Jaan_Tonisson_(Lasteleht), lk 119
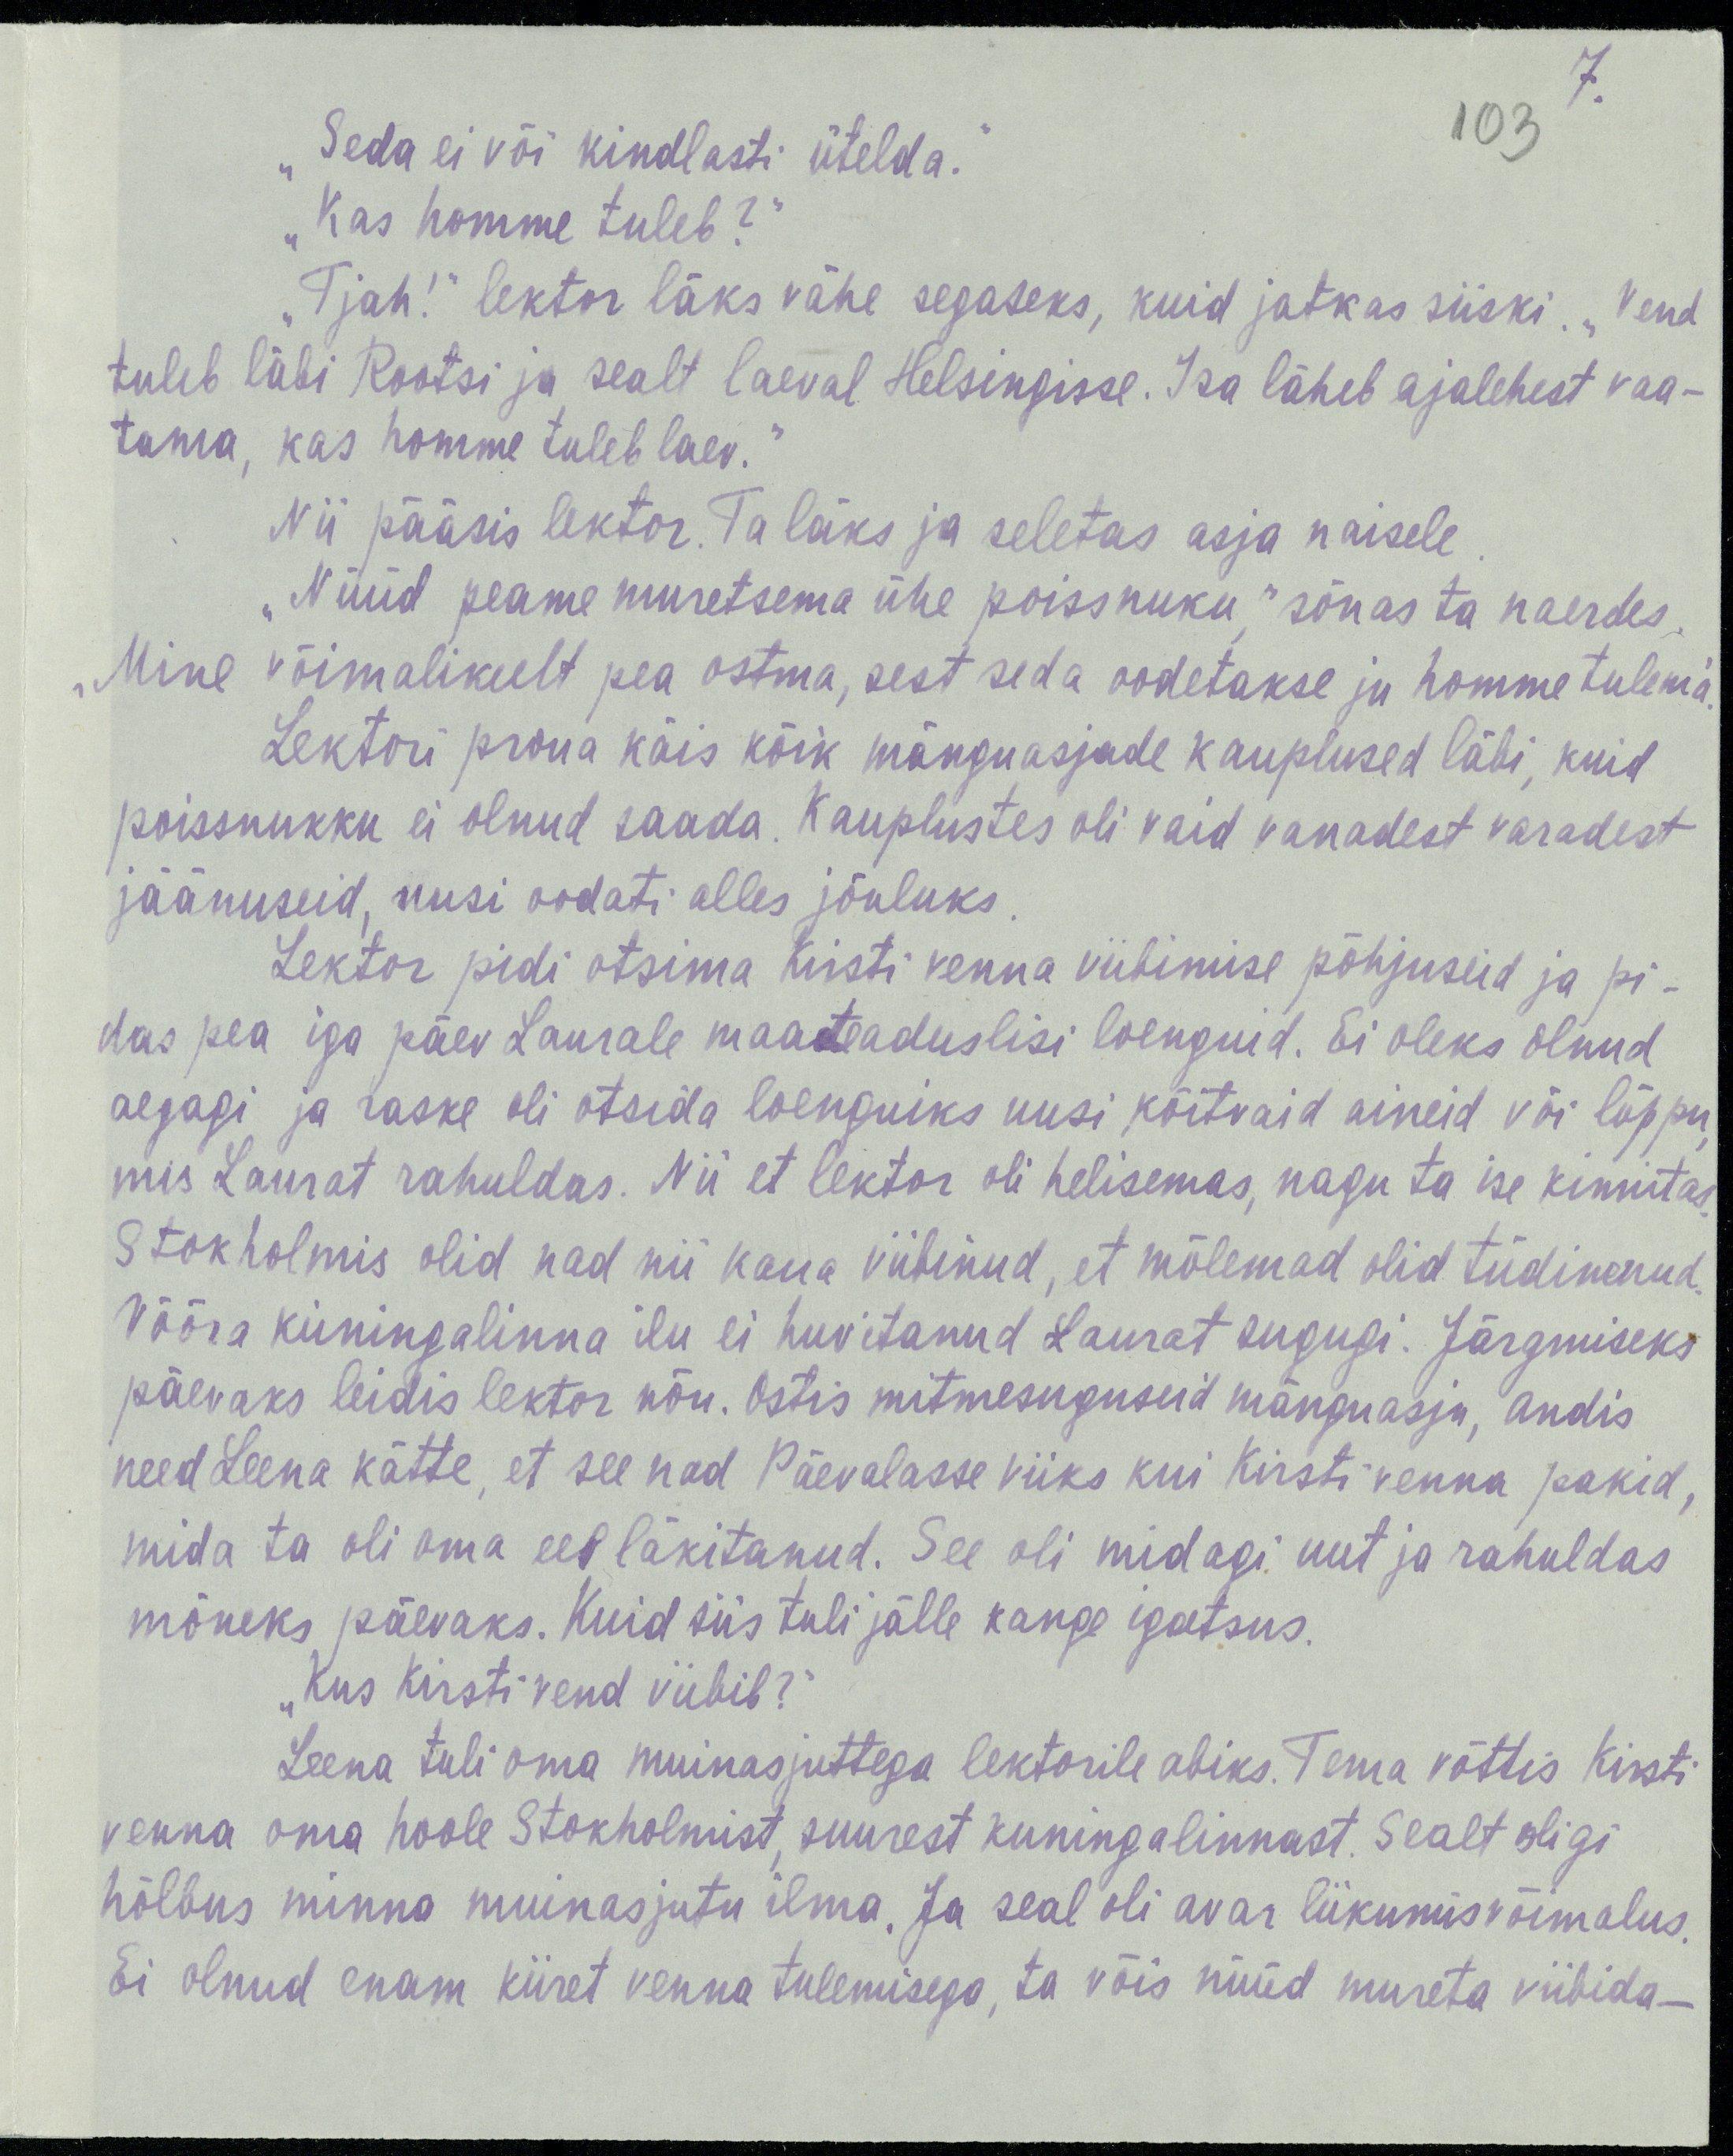
7.
103
„Seda ei või kindlasti ütelda.“
„Kas homme tuleb?“
„Tjah!“ laktor läks vähe segaseks, kuid jaksas siiski. „Vend
tuleb läbi Rootsi ja sealt laeval Helsingisse. Isa läheb ajalehest vaa-
tama, kas homme tuleb laev.“
Nii pääsis lektor. Ta läks ja seletas asja naisele.
„Nüüd peame muretsema ühe poissnuku,“ sõnas ta naerdes.
„Mine võimalikult pea ostma, sest seda oodetakse ju homme tulema.“
Lektori proua käis kõik mänguasjade kauplused läbi, kuid
poissnukku ei olnud saada. Kauplustes oli vaid vanadest varadest
jäänuseid, uusi oodati alles jõuluks.
Lektor pidi otsima Kirsti venna viibimise põhjuseid ja pi-
das pea iga päev Laurale maateaduslisi loenguid. Ei oleks olnud
aegagi ja raske oli otsida loenguiks uusi köitvaid aineid või lõppu,
mis Laurat rahuldas. Nii et lektor oli helisemas, nagu ta ise kinnitas.
Stokholmis olid nad nii kaua viibinud, et mõlemad olid tüdinenud.
Võõra kuningalinna ilu ei huvitanud Laurat sugugi. Järgmiseks
päevaks leidis lektor nõu. Ostis mitmesuguseid mänguasju, andis
need Leena kätte, et see nad Päevalasse viiks kui Kirsti venna pakid,
mida ta oli oma eel läkitanud. See oli midagi uut ja rahuldas
mõneks päevaks. Kuid siis tuli jälle kange igatsus.
„Kus Kirsti vend viibib?“
Leena tuli oma muinasjuttega lektorile abiks. Tema võttis Kirsti
venna oma hoole Stokholmist, suurest kuningalinnast. Sealt oligi
hõlbus minna muinasjutu ilma. Ja seal oli avar liikumisvõimalus.
Ei olnud enam kiiret venna tulemisega, ta võis nüüd mureta viibida –